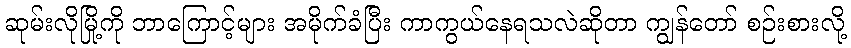
ဆုမ်းလိုမြို့ကို ဘာကြောင့်များ အမိုက်ခံပြီး ကာကွယ်နေရသလဲဆိုတာ ကျွန်တော် စဉ်းစားလို့